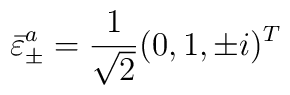
\bar{\varepsilon}^{a}_\pm = \frac{1}{\sqrt 2} (0, 1, \pm i)^T